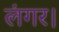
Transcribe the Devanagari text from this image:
लंगर।